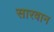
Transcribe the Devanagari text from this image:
सारवान